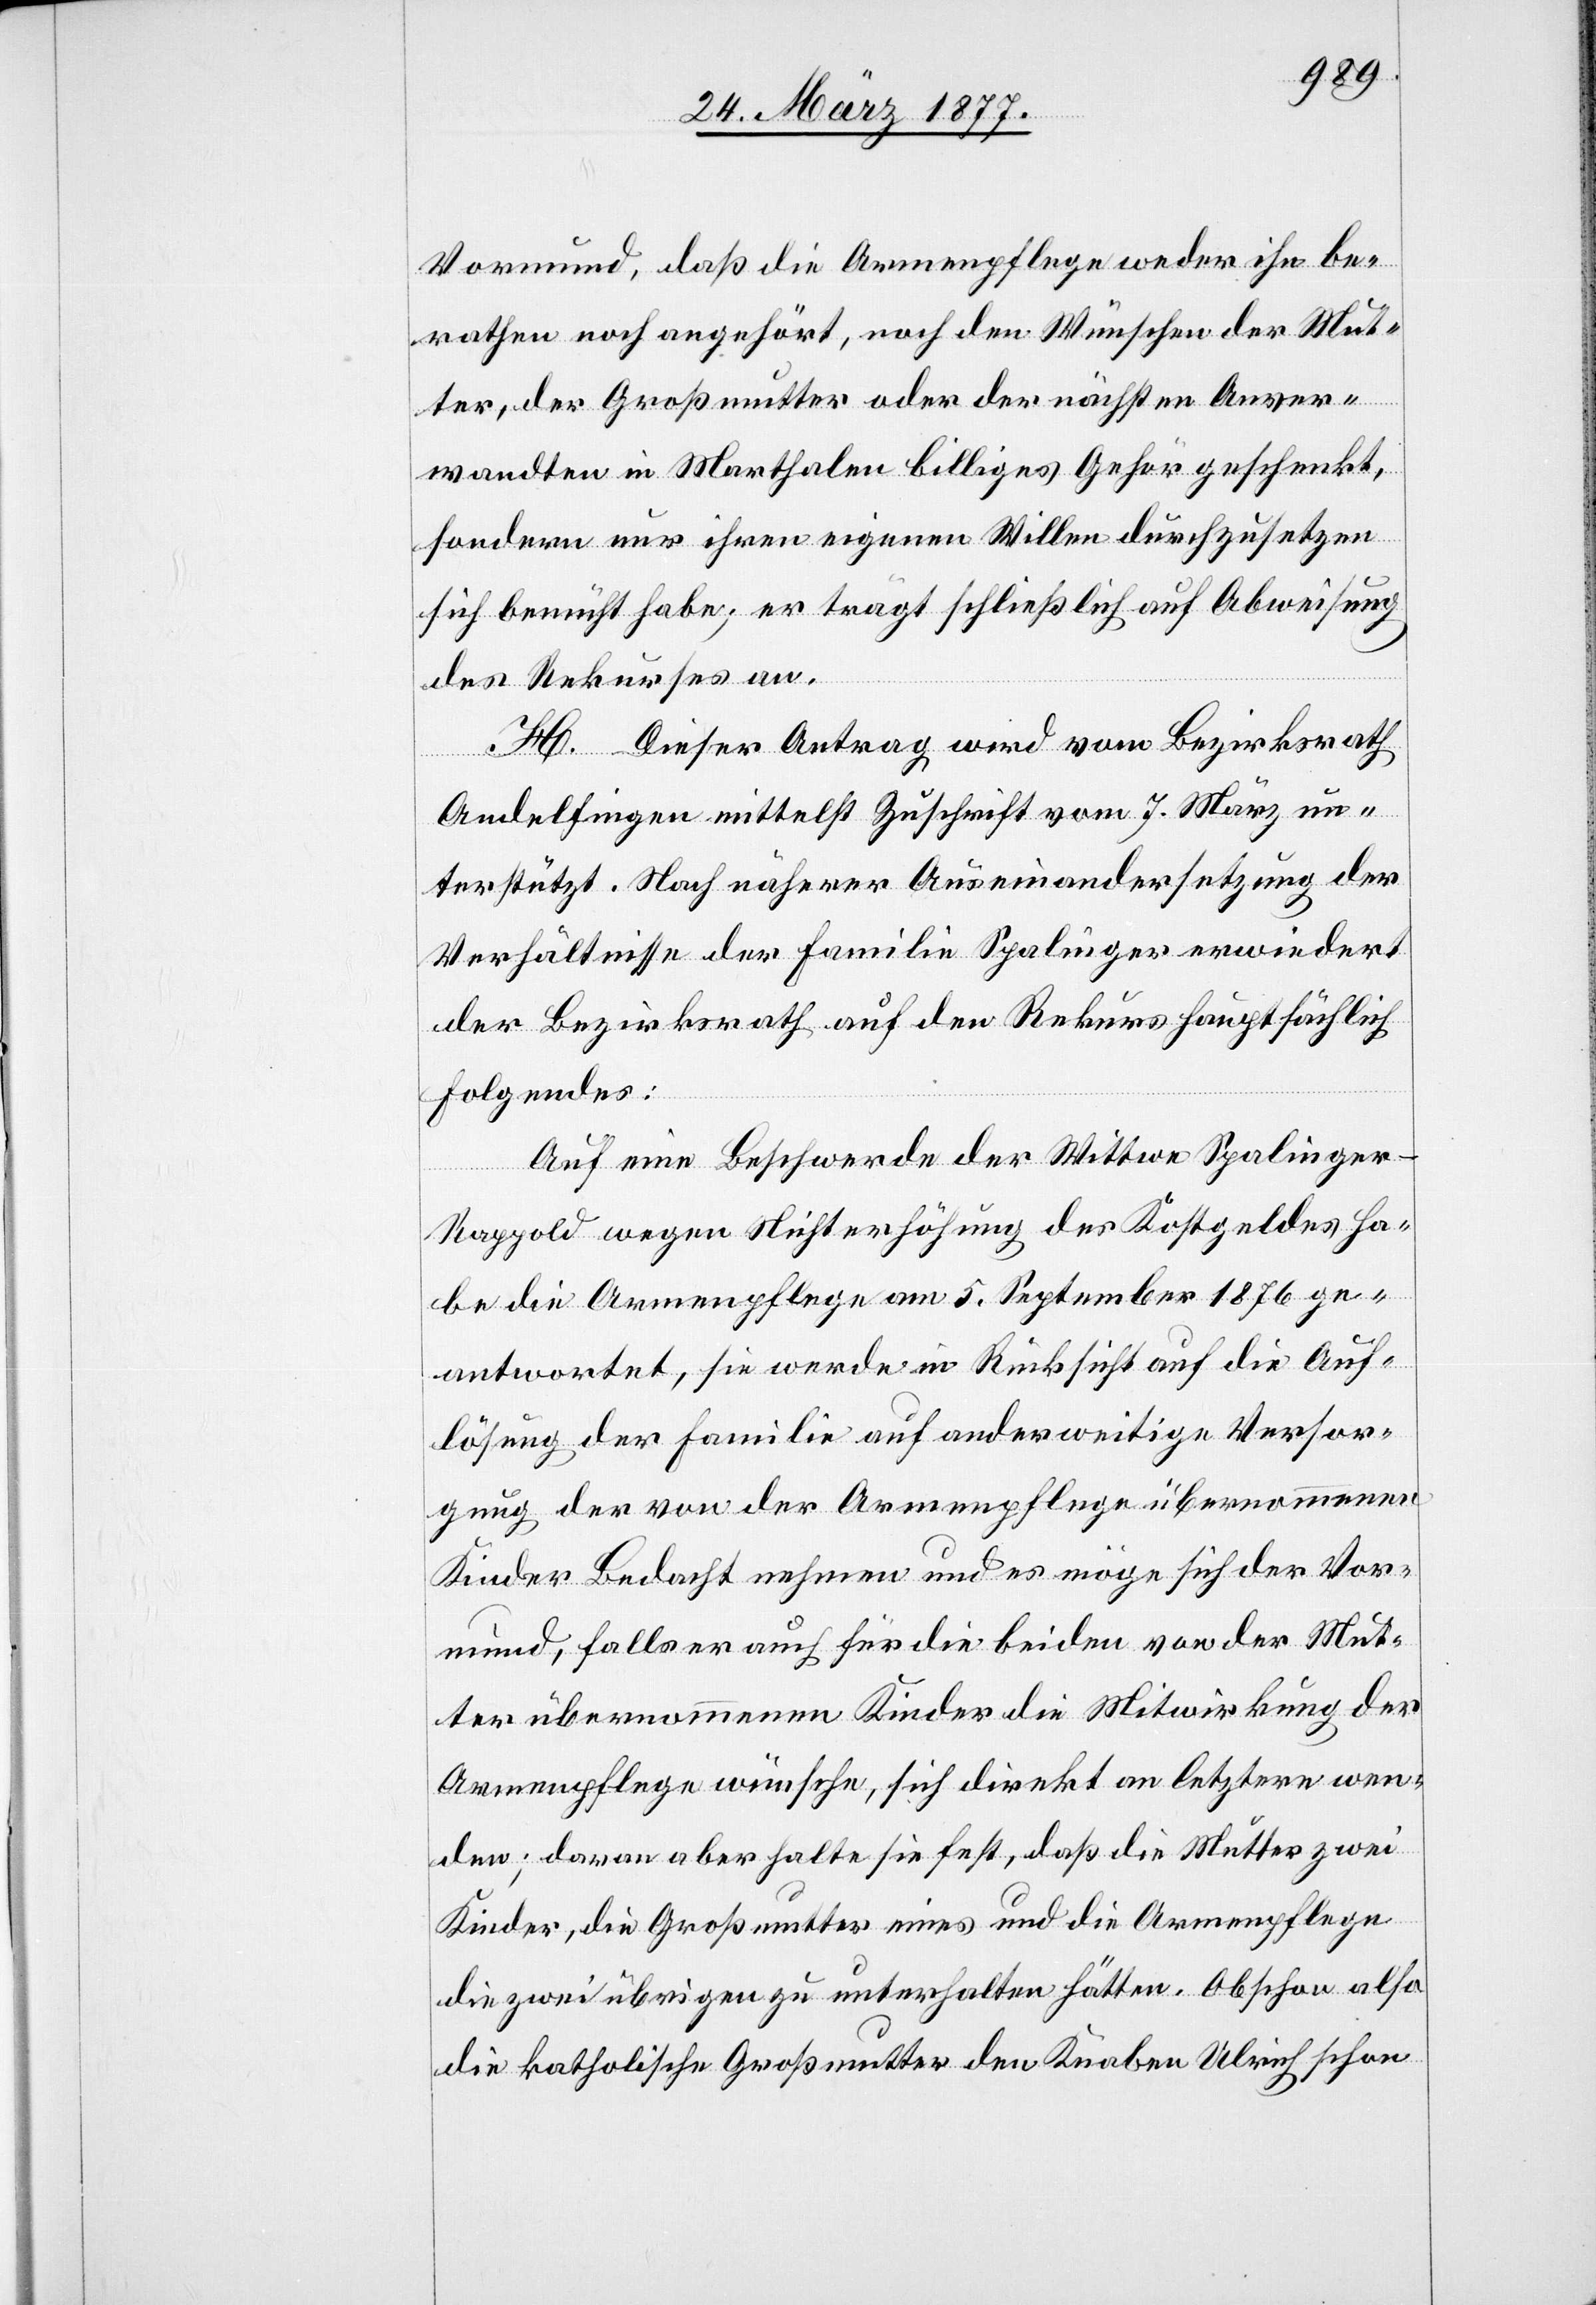
Vormund, daß die Armenpflege weder ihn be¬
rathen noch angehört, noch den Wünschen der Mut¬
ter, der Großmutter oder der nächsten Anver¬
wandten in Marthalen billiges Gehör geschenkt,
sondern nur ihren eigenen Willen durchzusetzen
sich bemüht habe; er trägt schließlich auf Abweisung
des Rekurses an.
H. Dieser Antrag wird vom Bezirksrath
Andelfingen mittelst Zuschrift vom 7. März un¬
terstützt. Nach näherer Auseinandersetzung der
Verhältnisse der Familie Spalinger erwiedert
der Bezirksrath auf den Rekurs hauptsächlich
Folgendes:
Auf eine Beschwerde der Wittwe Spalinge¬
r-Rappold wegen Nichterhöhung des Kostgeldes ha¬
be die Armenpflege am 5. September 1876 ge¬
antwortet, sie werde in Rücksicht auf die Auf¬
lösung der Familie auf anderweitige Versor¬
gung der von der Armenpflege übernommenen
Kinder Bedacht nehmen und es möge sich der Vor¬
mund, falls er auch für die beiden von der Mut¬
ter übernommenen Kinder die Mitwirkung der
Armepflege wünsche, sich direkt an letztere wen¬
den; daran aber halte sie fest, daß die Mutter zwei
Kinder, die Großmutter eines und die Armenpflege
die zwei übrigen zu unterhalten hätten. Obschon also
die katholische Großmutter den Knaben Ulrich schon